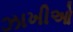
ઝાખીઓ